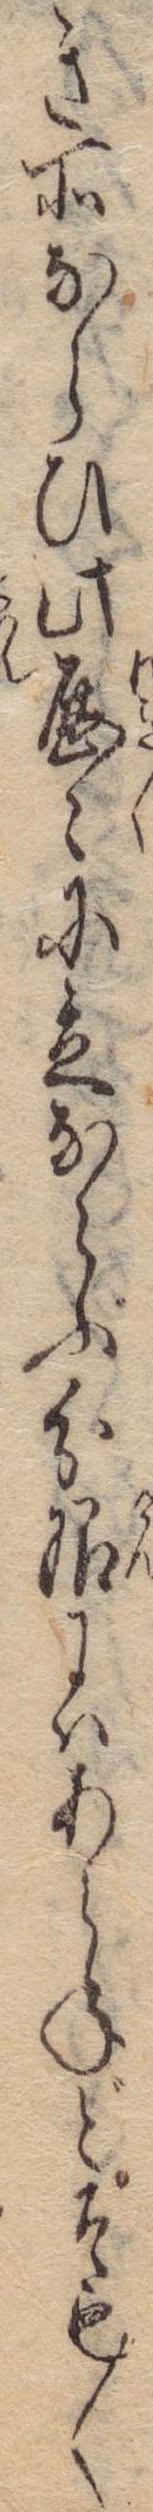
き所ならひ此歴々に立ならぶ分限にはあらねどそも〱